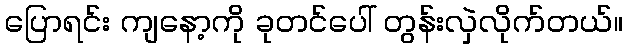
ပြောရင်း ကျနော့ကို ခုတင်ပေါ် တွန်းလှဲလိုက်တယ်။